Indian journal of veterinary science and animal husbandry - Volume 1,
Year: 1931
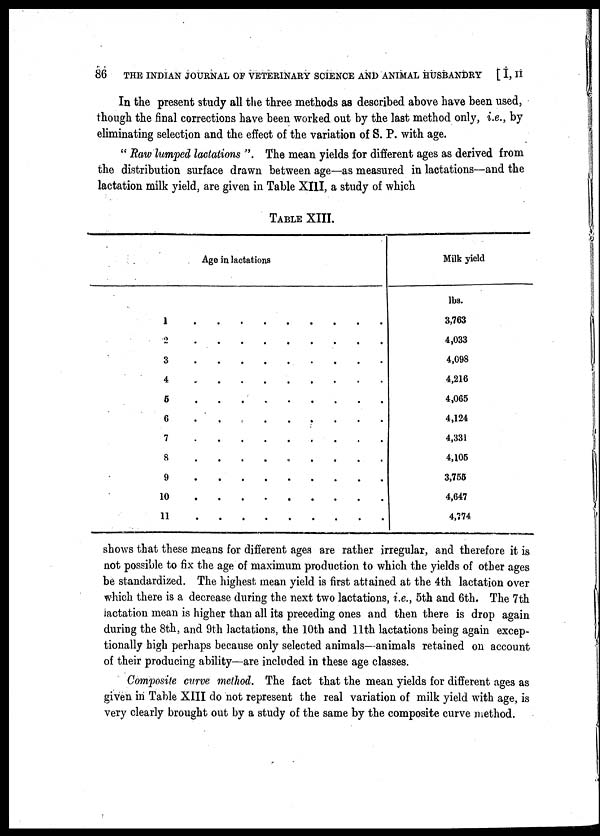
86
THE INDIAN JOURNAL OF VETERINARY SCIENCE AND ANIMAL HUSBANDRY [ I, II
In the present study all the three methods as described above have been used,
though the final corrections have been worked out by the last method only, i.e., by
eliminating selection and the effect of the variation of S. P. with age.
" Raw lumped lactations ". The mean yields for different ages as derived from
the distribution surface drawn between age—as measured in lactations—and the
lactation milk yield, are given in Table XIII, a study of which
TABLE XIII.
Age in lactations
1
2
3
4
5
6
7
8
9
10
11
.
.
.
.
.
.
.
.
.
.
.
.
.
.
.
.
.
.
.
.
.
.
.
.
.
.
.
.
.
.
.
.
.
.
.
.
.
.
.
.
.
.
.
.
Milk yield
lbs.
3,763
4,033
4,098
4,216
4,065
4,124
4,331
4,105
3,755
4,647
4,774
shows that these means for different ages are rather irregular, and therefore it is
not possible to fix the age of maximum production to which the yields of other ages
be standardized. The highest mean yield is first attained at the 4th lactation over
which there is a decrease during the next two lactations, i.e., 5th and 6th. The 7th
lactation mean is higher than all its preceding ones and then there is drop again
during the 8th, and 9th lactations, the 10th and 11th lactations being again excep-
tionally high perhaps because only selected animals—animals retained on account
of their producing ability—are included in these age classes.
Composite curve method. The fact that the mean yields for different ages as
given in Table XIII do not represent the real variation of milk yield with age, is
very clearly brought out by a study of the same by the composite curve method.